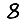
Digit: 8